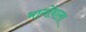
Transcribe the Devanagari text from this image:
भागोंवाला